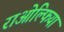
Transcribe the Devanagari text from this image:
राओल्फिया